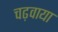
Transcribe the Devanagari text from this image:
चढ़वाया